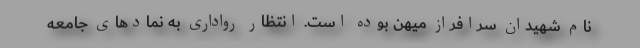
نام شهیدان سرافراز میهن بوده است. انتظار روادارى به نمادهاى جامعه